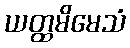
ယတ္ထမိမေသံ